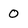
Character: 0